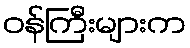
ဝန်ကြီးများက